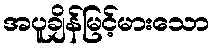
အပူချိန်မြင့်မားသော